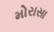
મોરાસા